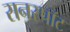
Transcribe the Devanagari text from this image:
सनस्पॉट